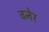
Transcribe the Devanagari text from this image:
बनेर